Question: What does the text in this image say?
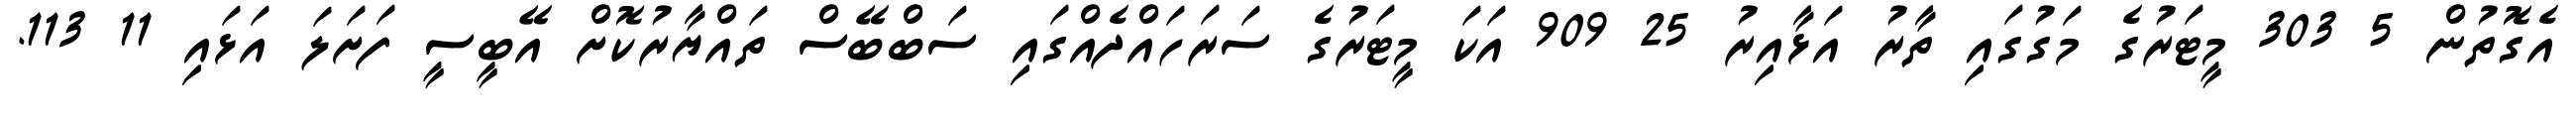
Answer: އެގޮތުން 5 303 މީޓަރުގެ މަގުގައި ތާރު އަޅާއިރު 25 909 އަކަ މީޓަރުގެ ސަރަހައްދެއްގައި ސަބްބޭސް ތައްޔާރުކޮށް އޭބީސީ ފަށަލަ އަޅައި 11 113.